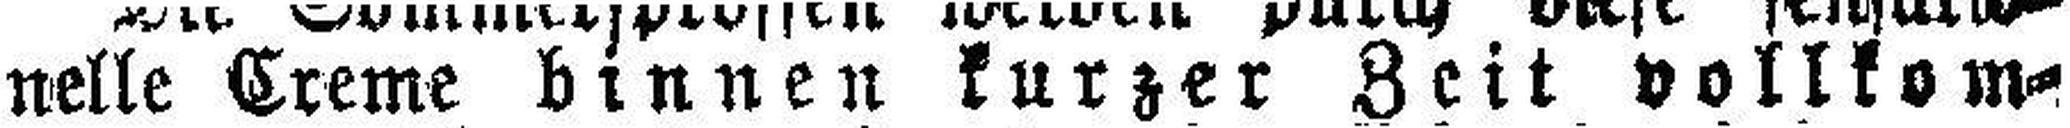
nelle creme binnen kurzer Zeit vollkom¬